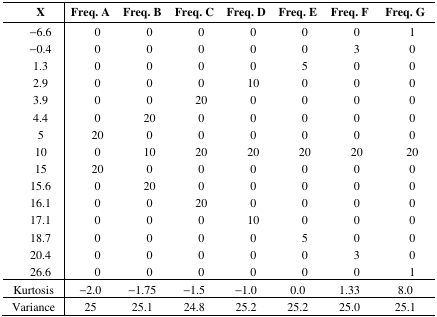
<table><thead><tr><td><b>X</b></td><td><b>Freq. A</b></td><td><b>Freq. B</b></td><td><b>Freq. C</b></td><td><b>Freq. D</b></td><td><b>Freq. E</b></td><td><b>Freq. F</b></td><td><b>Freq. G</b></td></tr></thead><tbody><tr><td>–6.6</td><td>0</td><td>0</td><td>0</td><td>0</td><td>0</td><td>0</td><td>1</td></tr><tr><td>–0.4</td><td>0</td><td>0</td><td>0</td><td>0</td><td>0</td><td>3</td><td>0</td></tr><tr><td>1.3</td><td>0</td><td>0</td><td>0</td><td>0</td><td>5</td><td>0</td><td>0</td></tr><tr><td>2.9</td><td>0</td><td>0</td><td>0</td><td>10</td><td>0</td><td>0</td><td>0</td></tr><tr><td>3.9</td><td>0</td><td>0</td><td>20</td><td>0</td><td>0</td><td>0</td><td>0</td></tr><tr><td>4.4</td><td>0</td><td>20</td><td>0</td><td>0</td><td>0</td><td>0</td><td>0</td></tr><tr><td>5</td><td>20</td><td>0</td><td>0</td><td>0</td><td>0</td><td>0</td><td>0</td></tr><tr><td>10</td><td>0</td><td>10</td><td>20</td><td>20</td><td>20</td><td>20</td><td>20</td></tr><tr><td>15</td><td>20</td><td>0</td><td>0</td><td>0</td><td>0</td><td>0</td><td>0</td></tr><tr><td>15.6</td><td>0</td><td>20</td><td>0</td><td>0</td><td>0</td><td>0</td><td>0</td></tr><tr><td>16.1</td><td>0</td><td>0</td><td>20</td><td>0</td><td>0</td><td>0</td><td>0</td></tr><tr><td>17.1</td><td>0</td><td>0</td><td>0</td><td>10</td><td>0</td><td>0</td><td>0</td></tr><tr><td>18.7</td><td>0</td><td>0</td><td>0</td><td>0</td><td>5</td><td>0</td><td>0</td></tr><tr><td>20.4</td><td>0</td><td>0</td><td>0</td><td>0</td><td>0</td><td>3</td><td>0</td></tr><tr><td>26.6</td><td>0</td><td>0</td><td>0</td><td>0</td><td>0</td><td>0</td><td>1</td></tr><tr><td>Kurtosis</td><td>−2.0</td><td>−1.75</td><td>−1.5</td><td>−1.0</td><td>0.0</td><td>1.33</td><td>8.0</td></tr><tr><td>Variance</td><td>25</td><td>25.1</td><td>24.8</td><td>25.2</td><td>25.2</td><td>25.0</td><td>25.1</td></tr></tbody></table>